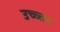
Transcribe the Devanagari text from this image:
उच्च्त्तर